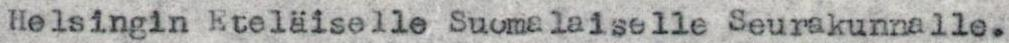
Helsingin Eteläiselle Suomalaiselle Seurakunnalle.